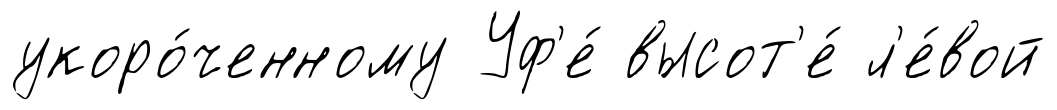
укоро́ченному Уф'е́ высот'е́ л'е́вой